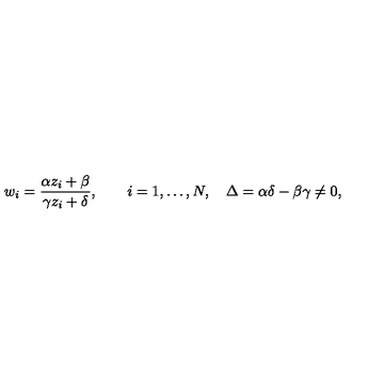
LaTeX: w _ { i } = { \frac { \alpha z _ { i } + \beta } { \gamma z _ { i } + \delta } } , \qquad i = 1 , \dots , N , \quad \Delta = \alpha \delta - \beta \gamma \ne 0 ,